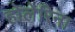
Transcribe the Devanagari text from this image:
होलेरिना